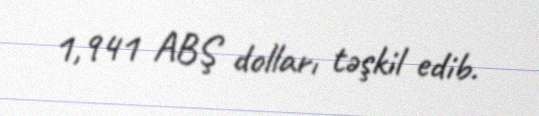
1,941 ABŞ dolları təşkil edib.